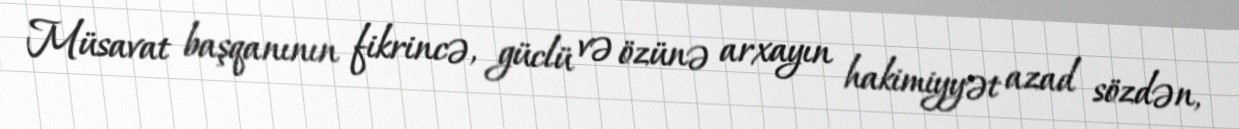
Müsavat başqanının fikrincə, güclü və özünə arxayın hakimiyyət azad sözdən,